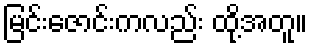
မြင်းဇောင်းကလည်း ထို့အတူ။